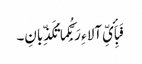
فَبِأَیِّ آلاء ِ رَبِّکُما تُکَذِّبانِ۔